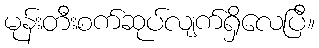
မုန်းတီးစက်ဆုပ်လျက်ရှိလေပြီ။